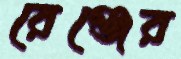
রেঞ্জের